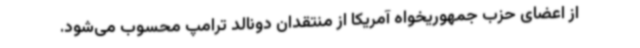
از اعضای حزب جمهوریخواه آمریکا از منتقدان دونالد ترامپ محسوب می‌شود.